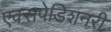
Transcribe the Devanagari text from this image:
एक्सपेडिशनरी